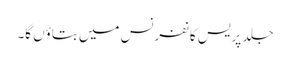
جلد پریس کانفرنس میں بتاؤں گا۔